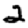
Digit: 2